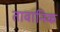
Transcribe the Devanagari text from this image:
तावानिक